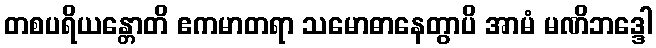
တစပရိယန္တောတိ ဧကမာတရာ သမောဓာနေတွာပိ အာမံ မဏိဘဒ္ဒေါ